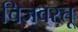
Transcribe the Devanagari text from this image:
चिजवस्तू